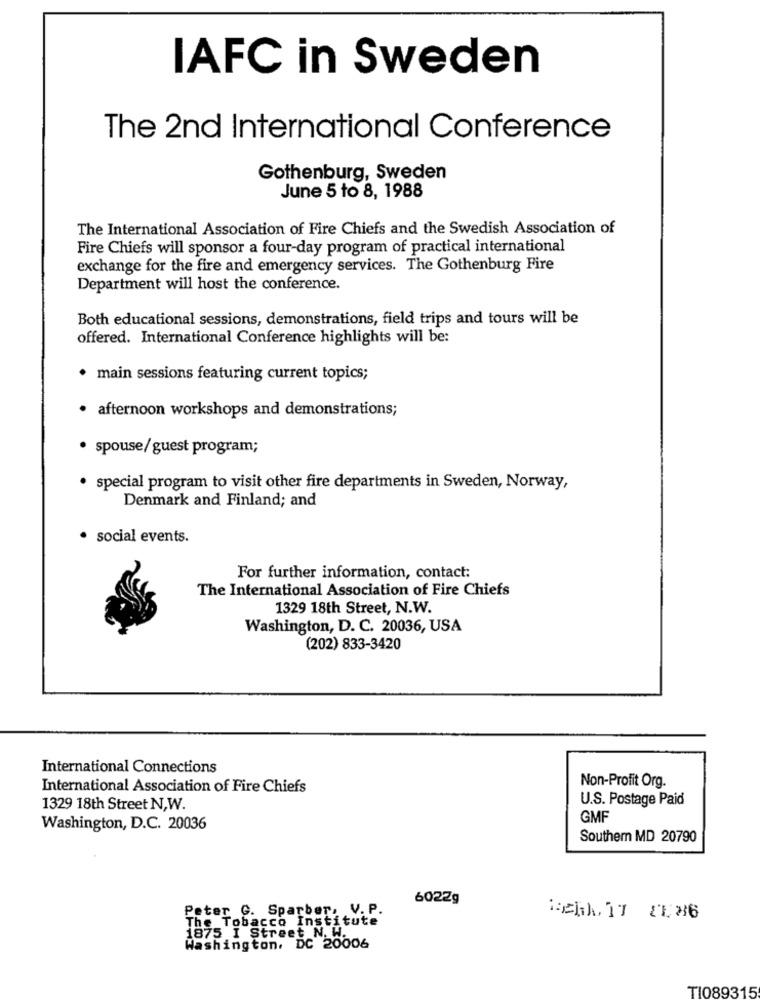
IAFC in Sweden
The 2nd International Conference
Gothenburg, Sweden
June 5 to 8, 1988
The International Association of Fire Chiefs and the Swedish Association of
Fire Chiefs will sponsor a four-day program of practical international
exchange for the fire and emergency services. The Gothenburg Fire
Department will host the conference.
Both educational sessions, demonstrations, field trips and tours will be
offered. International Conference highlights will be:
main sessions featuring current topics;
afternoon workshops and demonstrations;
· spouse/guest program;
· special program to visit other fire departments in Sweden, Norway,
Denmark and Finland; and
· social events.
For further information, contact:
The International Association of Fire Chiefs
1329 18th Street, N.W.
Washington, D. C. 20036, USA
(202) 833-3420
International Connections
Non-Profit Org.
International Association of Fire Chiefs
U.S. Postage Paid
1329 18th Street N,W.
GMF
Washington, D.C. 20036
Southem MD 20790
6022g
Peter G. Sparber, V. P.
The Tobacco Institute
1875 I Street N. W.
Washington, DC 20006
TI089315